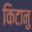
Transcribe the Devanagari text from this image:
किटानु